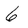
Character: 6